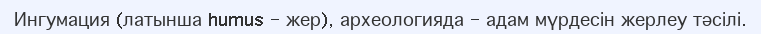
Ингумация (латынша humus – жер), археологияда – адам мүрдесін жерлеу тәсілі.